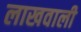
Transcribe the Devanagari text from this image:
लाखवाली